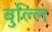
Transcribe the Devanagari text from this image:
बुल्लि